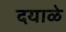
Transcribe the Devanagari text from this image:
दयाळे